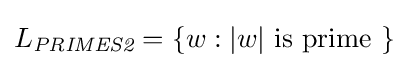
L_{\textit {PRIMES2}}=\{w:|w|{\mbox{ is prime }}\}